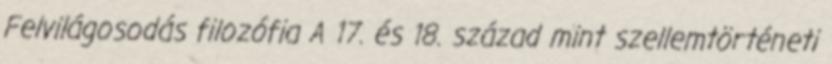
Felvilágosodás filozófia A 17. és 18. század mint szellemtörténeti